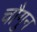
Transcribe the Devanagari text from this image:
चौगुन